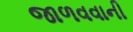
જાળવવાની